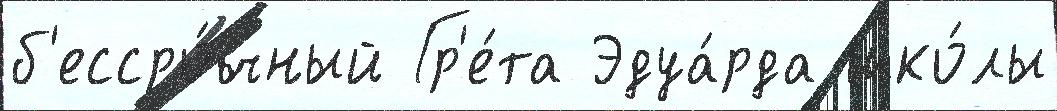
б'ессро́чный Гр'е́та Эдуа́рда шко́лы